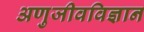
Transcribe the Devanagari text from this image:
अणुजीवविज्ञान